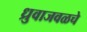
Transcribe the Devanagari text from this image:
ध्रुवाजवळचे